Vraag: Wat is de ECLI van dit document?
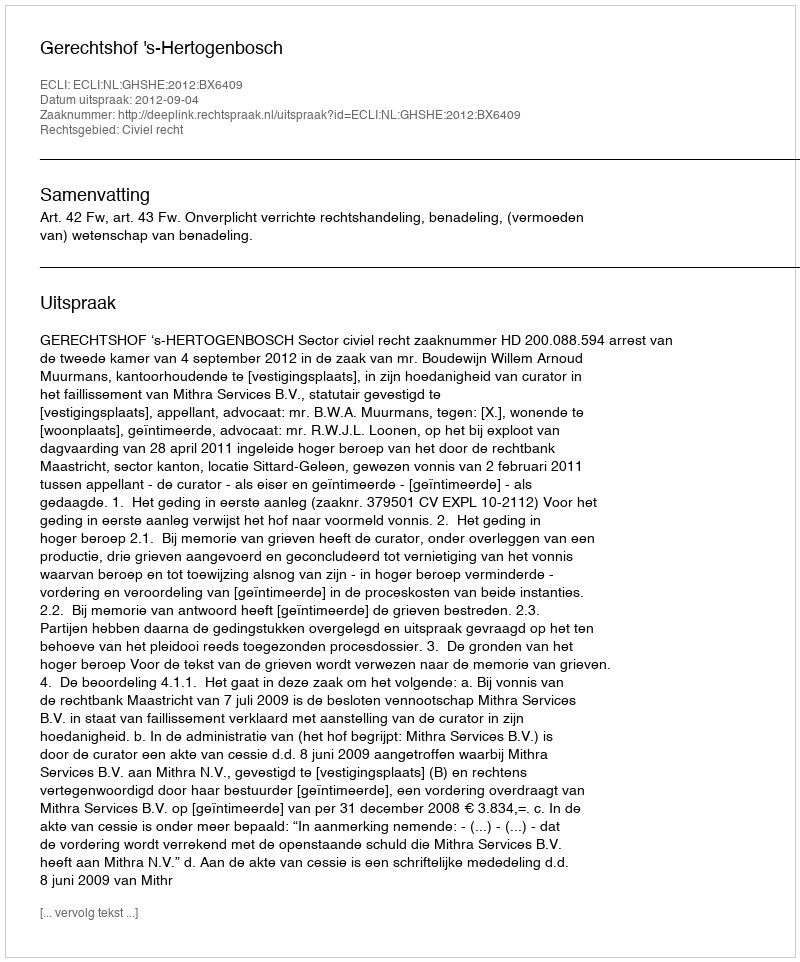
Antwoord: ECLI:NL:GHSHE:2012:BX6409